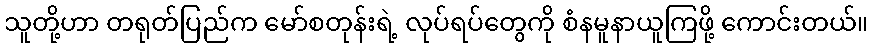
သူတို့ဟာ တရုတ်ပြည်က မော်စတုန်းရဲ့ လုပ်ရပ်တွေကို စံနမူနာယူကြဖို့ ကောင်းတယ်။